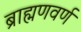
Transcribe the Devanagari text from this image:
ब्राह्मणवर्ण